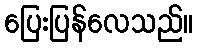
ပြေးပြန်လေသည်။